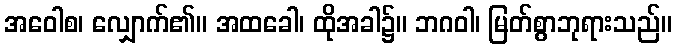
အဝေါစ၊ လျှောက်၏။ အထခေါ၊ ထိုအခါ၌။ ဘဂဝါ၊ မြတ်စွာဘုရားသည်။